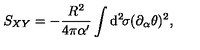
S _ { X Y } = - \frac { R ^ { 2 } } { 4 \pi \alpha ^ { \prime } } \int \mathrm { d } ^ { 2 } \! \sigma ( \partial _ { \alpha } \theta ) ^ { 2 } ,